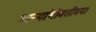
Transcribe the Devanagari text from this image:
ताऱ्यांभोवतीच्या